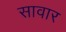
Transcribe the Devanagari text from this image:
सावार